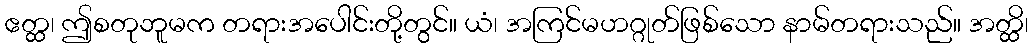
ဧတ္ထ၊ ဤစတုဘူမက တရားအပေါင်းတို့တွင်။ ယံ၊ အကြင်မဟဂ္ဂုတ်ဖြစ်သော နာမ်တရားသည်။ အတ္ထိ၊